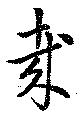
哉